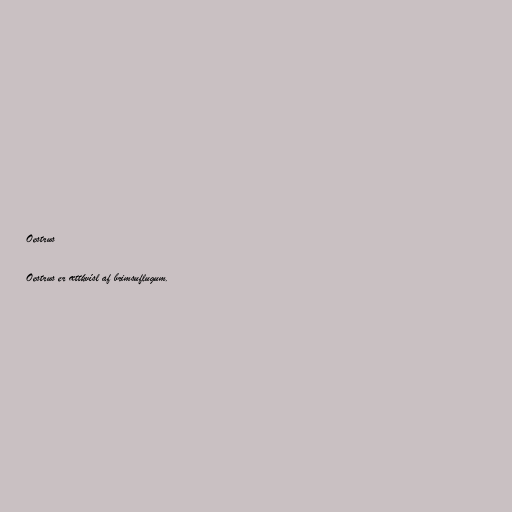
Oestrus

Oestrus er ættkvísl af brimsuflugum.